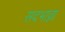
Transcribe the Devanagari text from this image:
सदभाव्ना